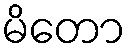
မိတော